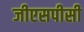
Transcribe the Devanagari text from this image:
जीएसपीसी